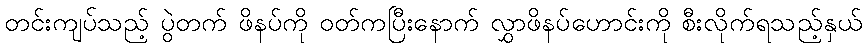
တင်းကျပ်သည့် ပွဲတက် ဖိနပ်ကို ဝတ်ကပြီးနောက် လွှာဖိနပ်ဟောင်းကို စီးလိုက်ရသည့်နှယ်